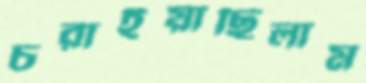
চরাইয়াছিলাম